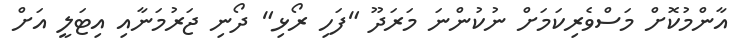
އާންމުކޮށް މަސްވެރިކަމަށް ނުކުންނަ މަރަދޫ "ފަހި ރޯޅި" ދޯނި ޖަރުމަނާއި އިޓަލީ އަށް